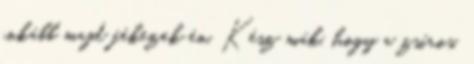
inkább majd fékezek én. Kész mák, hogy a zsíros,